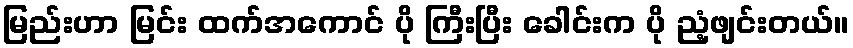
မြည်းဟာ မြင်း ထက်အကောင် ပို ကြီးပြီး ခေါင်းက ပို ညံ့ဖျင်းတယ်။